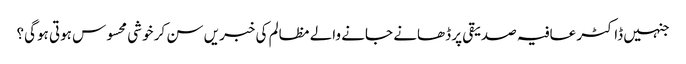
جنہیں ڈاکٹر عافیہ صدیقی پر ڈھانے جانے والے مظالم کی خبریں سن کر خوشی محسوس ہوتی ہوگی؟